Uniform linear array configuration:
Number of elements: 16
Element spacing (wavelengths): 0.5
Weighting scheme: exponential
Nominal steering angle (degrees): -30
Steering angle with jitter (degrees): -30.772
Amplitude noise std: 0.05
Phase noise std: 0.05

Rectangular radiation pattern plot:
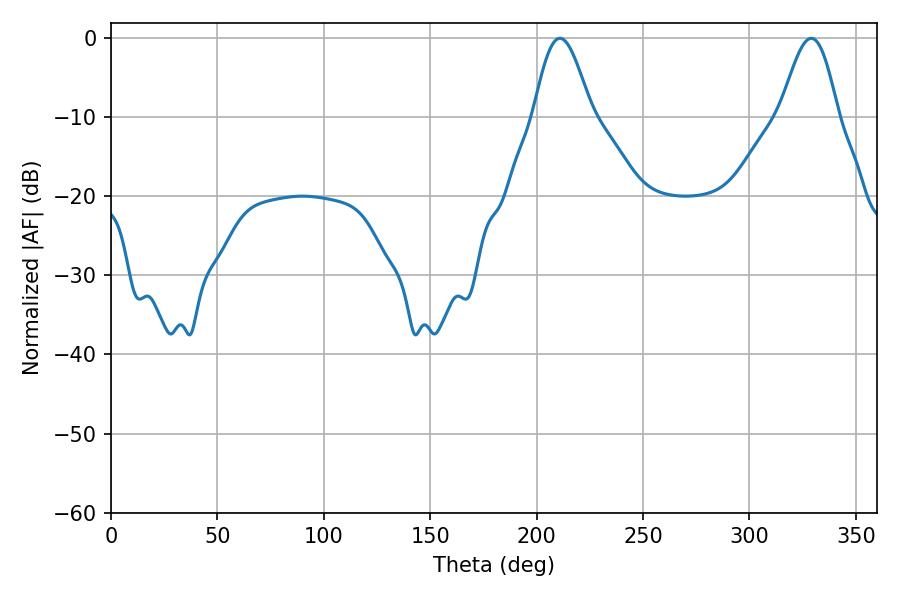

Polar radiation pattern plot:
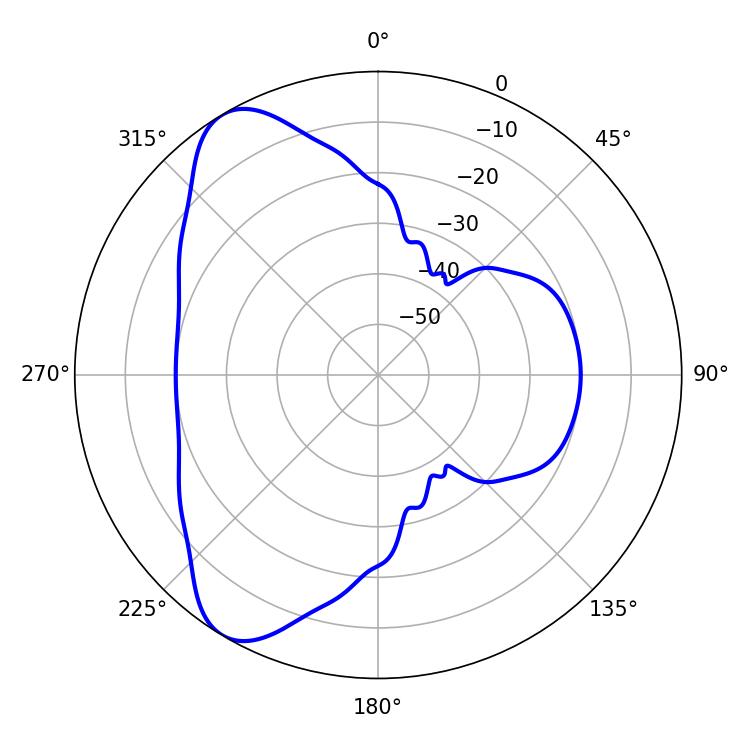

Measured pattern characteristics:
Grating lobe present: FALSE
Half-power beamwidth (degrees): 14.4
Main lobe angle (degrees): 329.04